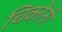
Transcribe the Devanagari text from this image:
चिकोनी